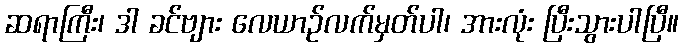
ဆရာကြီး၊ ဒါ ခင်ဗျား လေယာဉ်လက်မှတ်ပါ၊ အားလုံး ပြီးသွားပါပြီ။